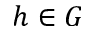
h \in G